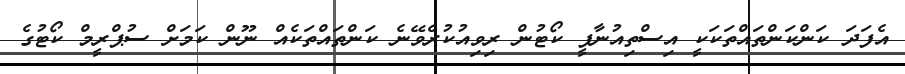
އެފަދަ ކަންކަންތައްތަކަކީ އިސްތިއުނާފީ ކޯޓުން ރިވިއުކުރެވޭނެ ކަންތައްތަކެއް ނޫން ކަމަށް ސުޕްރީމް ކޯޓުގެ